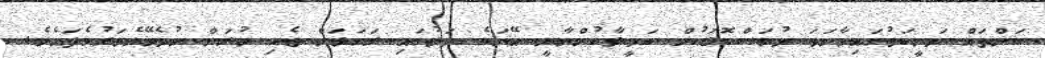
ކަންތައް ދަނީކަމުގައިވާނަމަ ދުވަސްކޮޅަކުން ކަމީލާހުންނާނީ އޭނަގެ ދަލުގައި ރަގަޅަށް ޖެހި ދުރަށް ނުދެވޭނެވަރުވެފައެވެ.